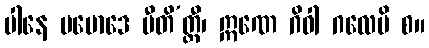
ပါနေ ပမောဒေ ပီတိ’တ္ထီ၊ ဣဏေ ဂိဝါ ဂလေပိ စ။